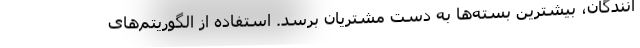
انندگان، بیشترین بسته‌ها به دست مشتریان برسد. استفاده از الگوریتم‌های